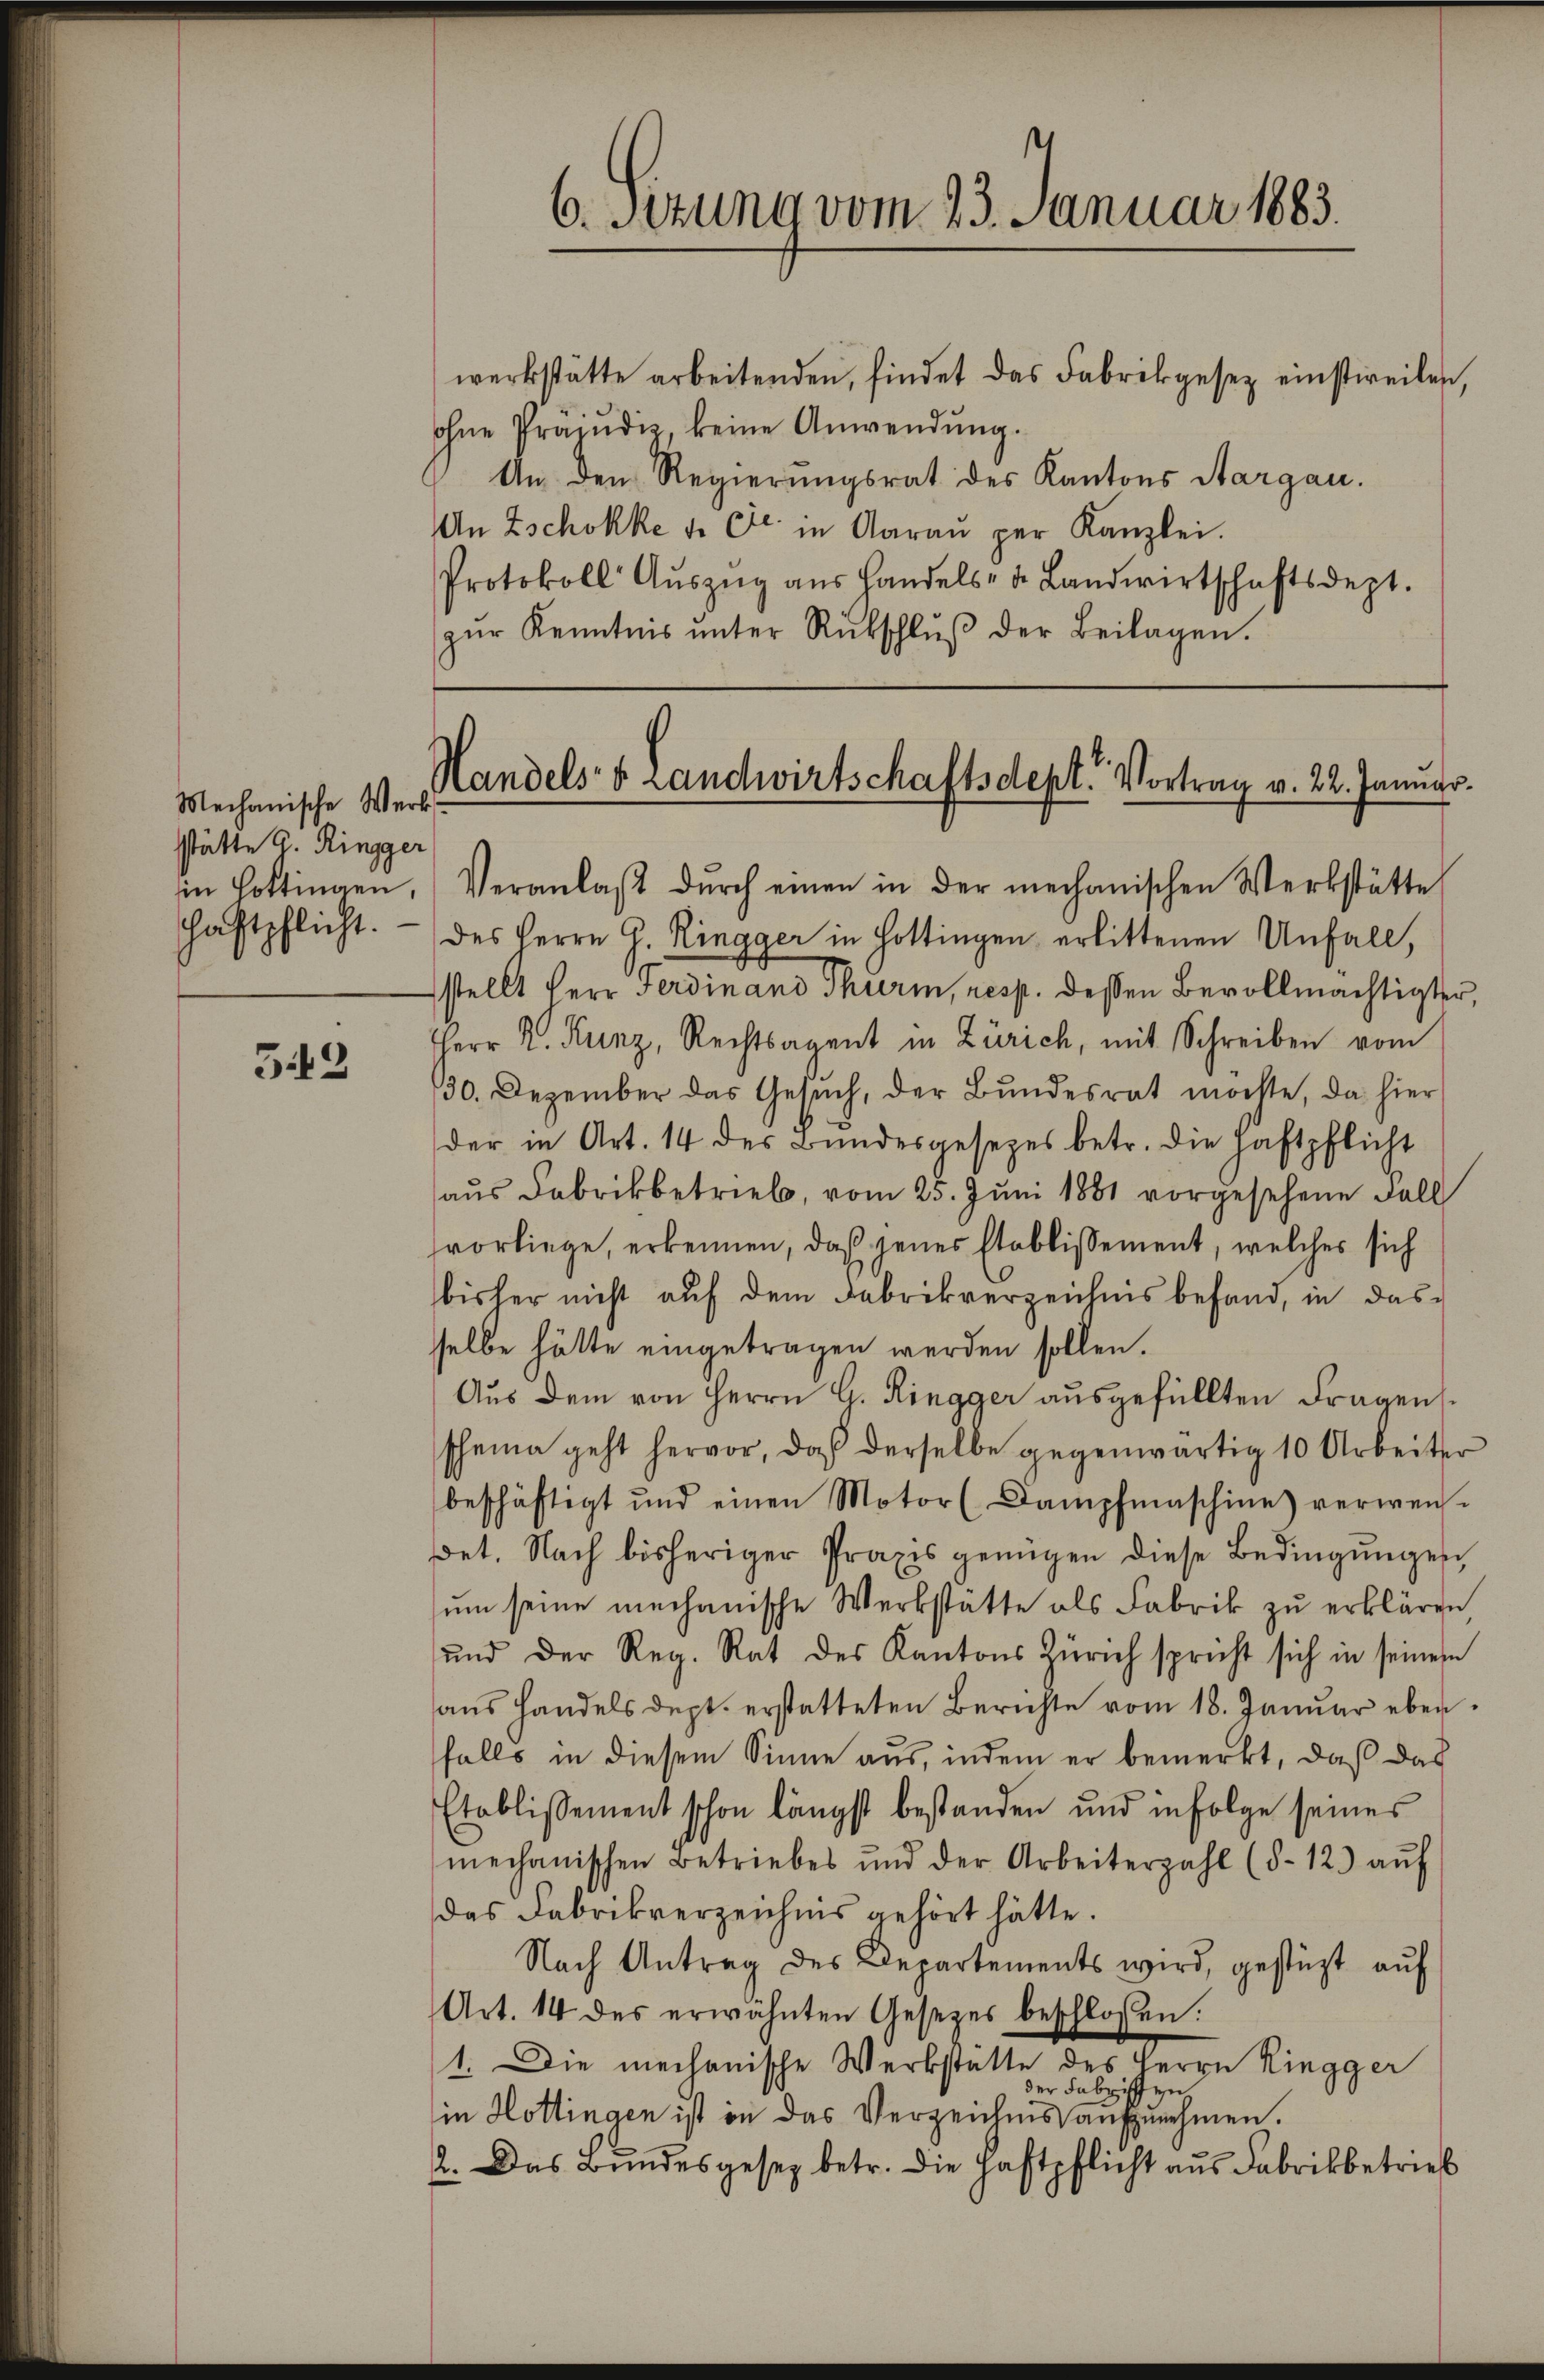
Mechanische Werk
stätte u Ringger
chaftpflicht.

5.43

werkstätte arbeitenden, findet das Fabrikgesetz einstweilen,
ohne Präjudiz, keine Anwendung.
An den Regierungsrat des Kantons Aargau.
An Zschokke 4. Fr. in Aarau per Kanzlei.
Protokoll Aŭszŭg aŭs Handels- u. Landwirtschaftsdept.
zŭr Kenntnis ŭnter Rückschlŭβ der Beilagen.

6. Setung vom 23. Januar 1883.

Handels- & Landwirtschaftsdept. Vortrag v. 22. Januar.

in Cottingen, Veranlaβ dŭrch einen in der mechanischen Werkstätte
des Herrn G. Ringger in Hottingen erlittenen Unfall,
stellt Herr Ferdinand Thurm, resp. dessen Bevollmächtigter,
Herr R. Kunz, Rechtsagent in Zürich, mit Schreiben vom
130. Dezember das Gesŭch, der Bundesrat möchte, da hier
der in Art. 14 des Bundesgesetzes betr. die Haftpflicht
aus Fabrikbetrieb, vom 25. Juni 1881 vorgesehene Fall
vorliege, erkennen, daß jenes Etablissement, welches sich
bisher nicht auf dem Fabrikverzeichnis befand, in das
selbe hätte eingetragen werden sollen.
Aus dem von Herrn G. Ringger ausgefüllten Fragens
scheine geht hervor, daß derselbe gegenwärtig 10 Arbeiter
beschäftigt und einen Motor (Dampfmaschine) verwen-
det. Nach bisheriger Praxis genügen diese Bedingŭngen
ŭm seine mechanische Werkstätte als Fabrik zu erklären,
und der Reg. Rat des Kantons Zürich spricht sich in seinem
ans Handels dept. erstatteten Berichte vom 18. Januar eben
falls in diesem Sinne aus, indem er bemerkt, daß das
Etablissement schon längst bestanden und infolge seines
mechanischen Betriebes und der Arbeiterzahl (§. 12. aŭf
das Fabrikverzeichnis gehört hätte.
Nach Antrag des Departements wird, gestüzt auf
Art. 14 des erwähnten Gesetzes beschlossen:
1. Die mechanische Werkstätte des Herrn Ringger
der Fabrischen
in Hottingen ist in das Verzeichnis aufzunehmen.
2. Das Bundesgesez betr. die Haftpflicht aus Fabrikbetrieb